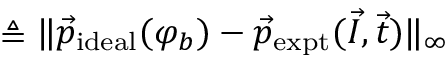
\triangleq \lVert \vec { p } _ { \mathrm { i d e a l } } ( \varphi _ { b } ) - \vec { p } _ { \mathrm { e x p t } } ( \vec { I } , \vec { t } ) \rVert _ { \infty }